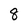
Character: 8